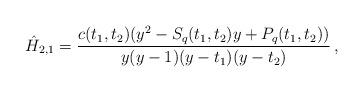
LaTeX: \begin{align*} \hat{H}_{2,1}=\dfrac{c(t_1,t_2)(y^2-S_q(t_1,t_2)y+P_q(t_1,t_2))}{y(y-1)(y-t_1)(y-t_2)} \, ,\end{align*}